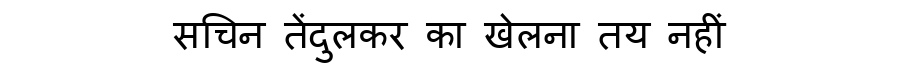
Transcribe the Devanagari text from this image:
सचिन तेंदुलकर का खेलना तय नहीं